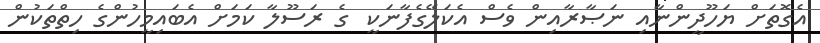
އެގޮތަށް ޔަހޫދީންނާއި ނަޞާރާއިން ވެސް އެކަލޭގެފާނަކީ  ގެ ރަސޫލާ ކަމަށް އެބައިމީހުންގެ ހިތްތަކުން